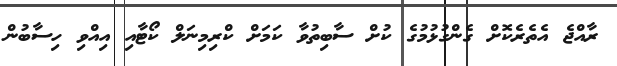
ރާއްޖެ އެތެރެކޮށް ގެންގުޅުމުގެ ކުށް ސާބިތުވާ ކަމަށް ކްރިމިނަލް ކޯޓާއި އިއްވި ހިސާބުން